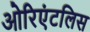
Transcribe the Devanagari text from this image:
ओरिएंटलिस